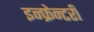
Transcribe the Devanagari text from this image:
इन्फ्रेन्टरी